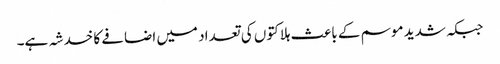
جبکہ شدید موسم کے باعث ہلاکتوں کی تعداد میں اضافے کا خدشہ ہے۔